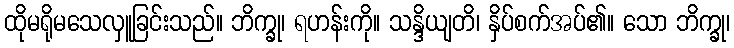
ထိုမရိုမသေလှူခြင်းသည်။ ဘိက္ခု၊ ရဟန်းကို။ သန္ဒိယျတိ၊ နှိပ်စက်အပ်၏။ သော ဘိက္ခု၊